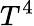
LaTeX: T^{4}